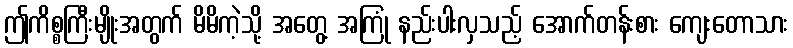
ဤကိစ္စကြီးမျိုးအတွက် မိမိကဲ့သို့ အတွေ့ အကြုံ နည်းပါးလှသည့် အောက်တန်းစား ကျေးတောသား